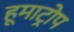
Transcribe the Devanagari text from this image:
हूमाट्रोप